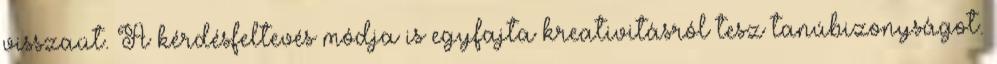
visszaüt. A kérdésfeltevés módja is egyfajta kreativitásról tesz tanúbizonyságot.